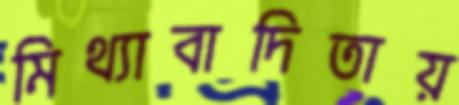
মিথ্যাবাদিতায়